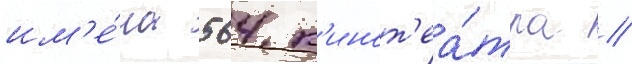
им'е́ла 564 к'инот'еа́тра //